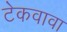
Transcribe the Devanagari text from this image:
टेकवावा